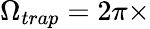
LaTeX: \Omega_{trap}=2\pi\times